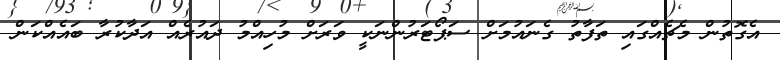
އެގޮތުން މެޗެއްގައި ތަފާތު ގެނައުމަށް ސަޕޯޓަރުންނަކީ ވަރަށް މުހިއްމު ދައުރެއް އަދާކުރާ ބައެއްކަން